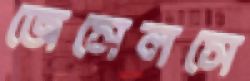
জেসেলসে